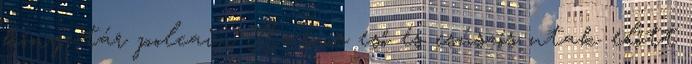
könyvtár polcain Az ónos eső és csúszós utak előtt